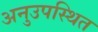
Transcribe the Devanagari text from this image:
अनुउपस्थित